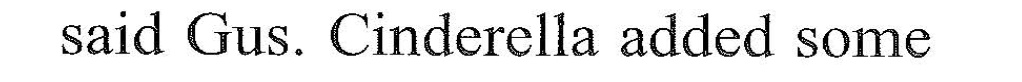
said Gus. Cindcrelia sdded sorne